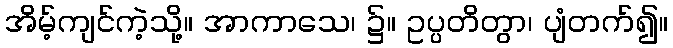
အိမ့်ကျင်ကဲ့သို့။ အာကာသေ၊ ၌။ ဥပ္ပတိတွာ၊ ပျံတက်၍။